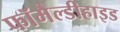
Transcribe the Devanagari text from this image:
फॉमैल्डीहाइड